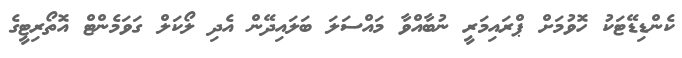
ކެންޑިޑޭޓަކު ހޮވުމަށް ޕްރައިމަރީ ނުބާއްވާ މައްސަލަ ބަލައިދޭން އެދި ލޯކަލް ގަވަމެންޓް އޮތޯރިޓީގެ